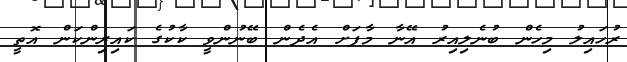
ރުހައިލު މިހެން ބުނެލިއިރު އޭނާ މާފަށް އެދެން ބޭނުންވީ ކާކުގެ ކައިރިންކަން އޮތީ